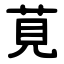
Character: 莧